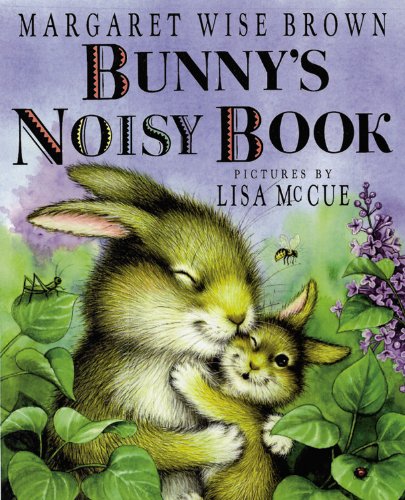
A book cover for Bunny's Noisy Book; Margaret Wise Brown; Children's Books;